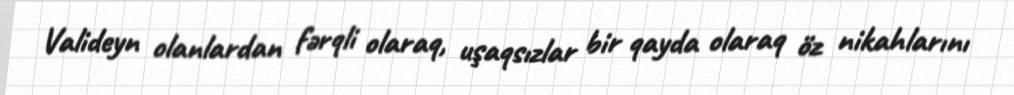
Valideyn olanlardan fərqli olaraq, uşaqsızlar bir qayda olaraq öz nikahlarını